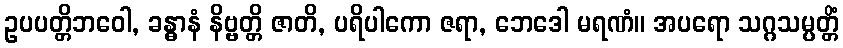
ဥပပတ္တိဘဝေါ, ခန္ဓာနံ နိဗ္ဗတ္တိ ဇာတိ, ပရိပါကော ဇရာ, ဘေဒေါ မရဏံ။ အပရော သဂ္ဂသမ္ပတ္တိံ